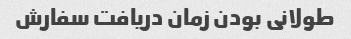
طولانی بودن زمان دریافت سفارش